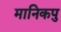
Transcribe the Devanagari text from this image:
मानिकपु